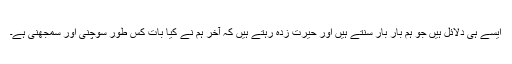
ایسے ہی دلائل ہیں جو ہم بار بار سنتے ہیں اور حیرت زدہ رہتے ہیں کہ آخر ہم نے کیا بات کس طور سوچنی اور سمجھنی ہے۔